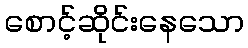
စောင့်ဆိုင်းနေသော